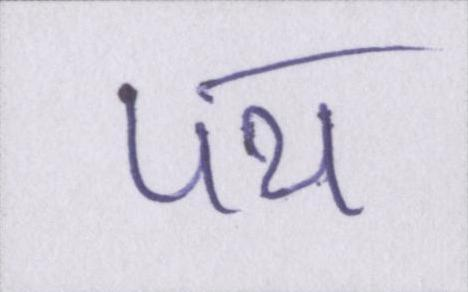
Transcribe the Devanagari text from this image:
पथ